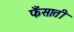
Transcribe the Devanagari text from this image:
फँसाती